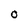
Character: 0